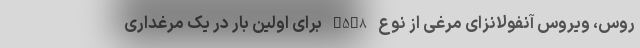
روس، ویروس آنفولانزای مرغی از نوع H5N8 برای اولین بار در یک مرغداری